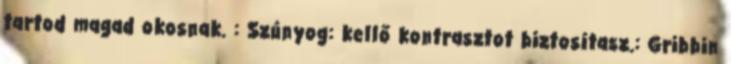
tartod magad okosnak. : Szúnyog: kellő kontrasztot biztosítasz.: Gribbin